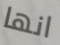
انها